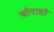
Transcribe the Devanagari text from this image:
चोराहो